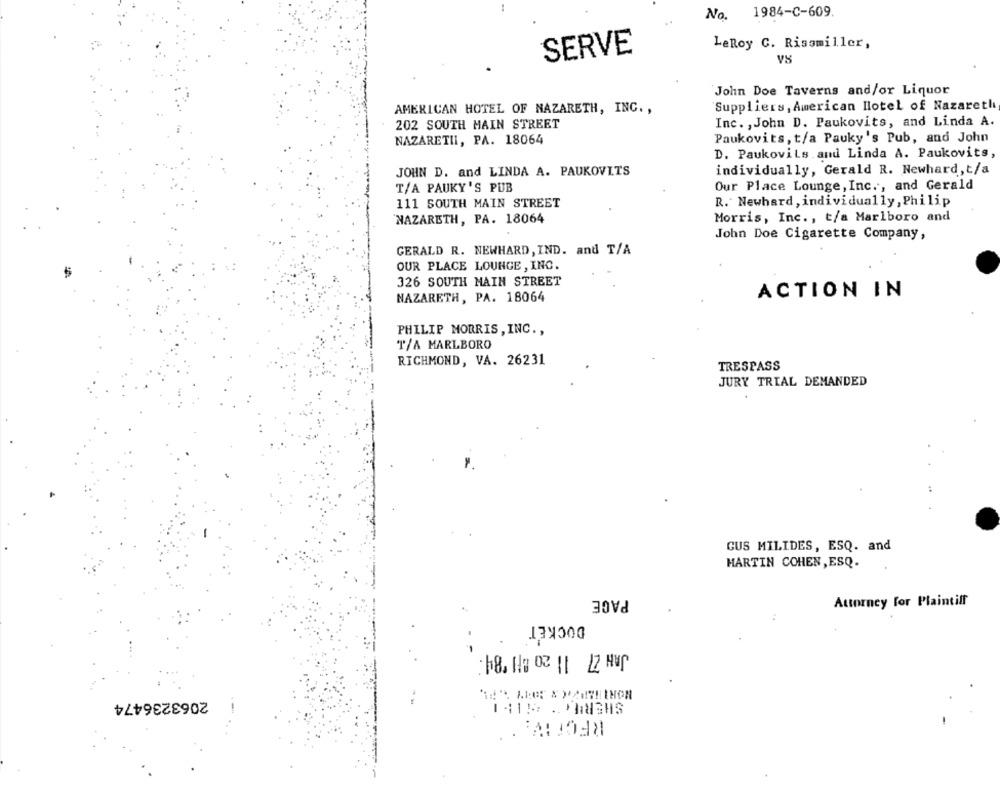
No. 1984-C-609.
LeRoy C. Rissmiller,
SERVE
VS
John Doe Taverns and/or Liquor
AMERICAN HOTEL OF NAZARETH, INC. ,
Suppliers, American Hotel of Nazareth
202 SOUTH MAIN STREET
Inc. , John D. Paukovits, and Linda A.
NAZARETII, PA. 18064
Paukovits, t/a Pauky's Pub, and John
D. PaukoviLs and Linda A. Paukovits,
JOHN D. and LINDA A. PAUKOVITS
individually, Gerald R. Newhard, t/a
T/A PAUKY'S PUB
Our Place Lounge, Inc ., and Gerald
111 SOUTH MAIN STREET
R. Newhard, individually, Philip
NAZARETH, PA. 18064
Morris, Inc ., t/a Marlboro and
John Doe Cigarette Company,
GERALD R. NEWHARD, IND. and T/A
OUR PLACE LOUNGE , INC.
326 SOUTH MAIN STREET
ACTION IN
NAZARETH, PA. 18064
PHILIP MORRIS , INC .,
T/A MARLBORO
RICHMOND, VA. 26231
TRESPASS
JURY TRIAL DEMANDED
GUS MILIDES, ESQ. and
MARTIN COHEN, ESQ.
PAGE
Attorney for Plaintiff
DOCKET
2063236474
.